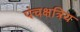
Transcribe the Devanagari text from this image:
पंचक्षत्रिय